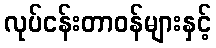
လုပ်ငန်းတာဝန်များနှင့်